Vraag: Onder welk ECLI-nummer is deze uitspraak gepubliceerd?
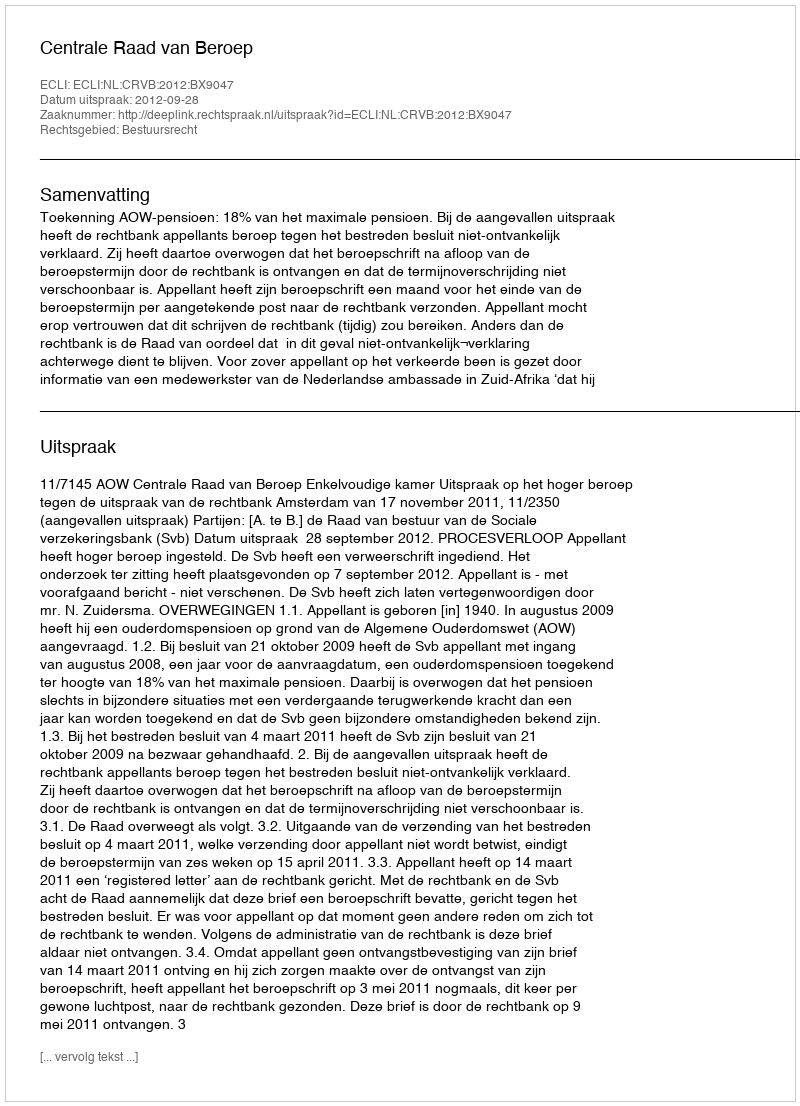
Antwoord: ECLI:NL:CRVB:2012:BX9047